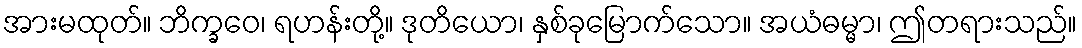
အားမထုတ်။ ဘိက္ခဝေ၊ ရဟန်းတို့။ ဒုတိယော၊ နှစ်ခုမြောက်သော။ အယံဓမ္မာ၊ ဤတရားသည်။